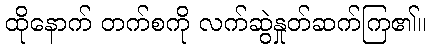
ထိုနောက် တက်စကို လက်ဆွဲနှုတ်ဆက်ကြ၏။